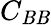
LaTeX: C_{\mathit{B}\mathit{B}}